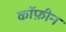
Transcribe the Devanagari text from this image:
कॉफ़ीन